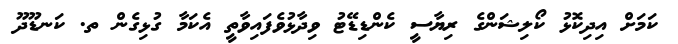
ކަމަށް އިދިކޮޅު ކޯލިޝަންގެ ރިޔާސީ ކެންޑިޑޭޓު ވިދާޅުވެފައިވާތީ އެކަމާ ގުޅިގެން ތ. ކަނޑޫދޫ